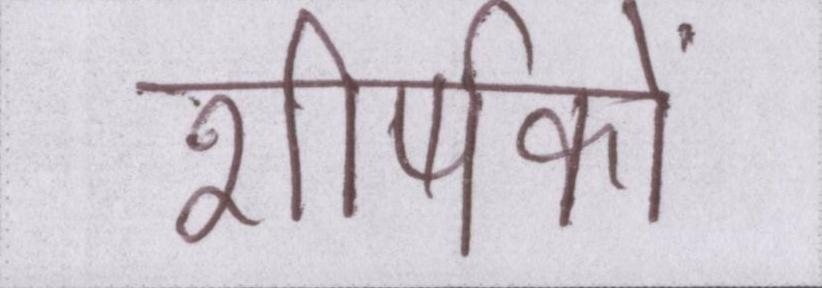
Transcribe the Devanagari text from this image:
शीर्षकों